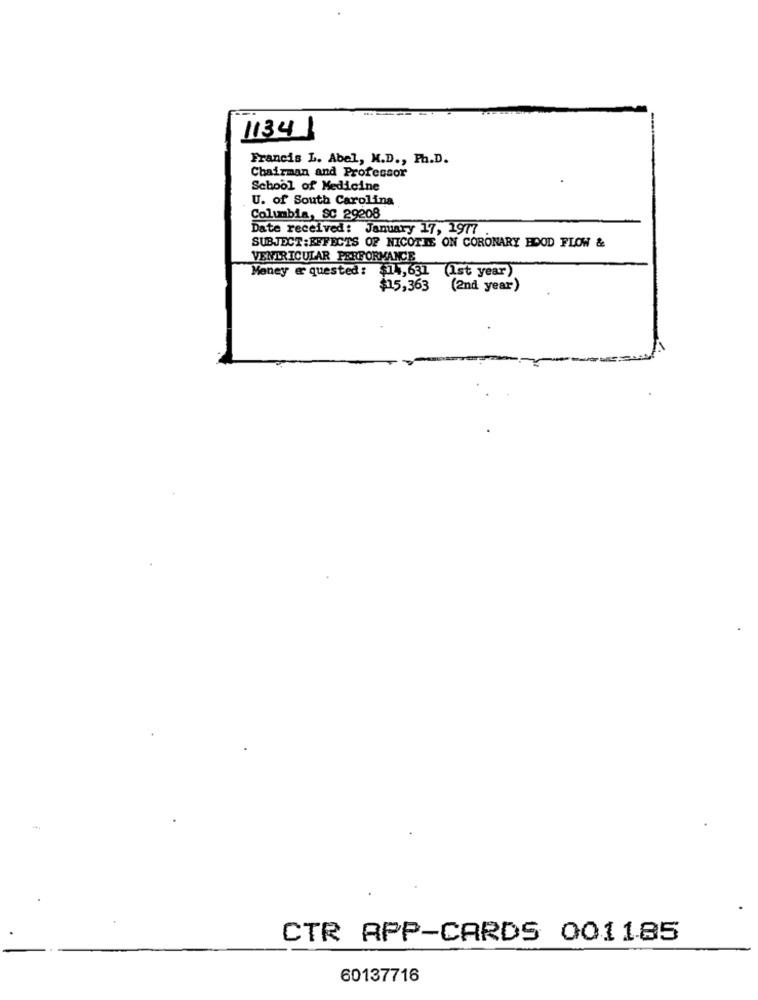
11341
Francis L. Abel, M.D ., Ph.D.
Chairman and Professor
School of Medicine
U. of South Carolina
Columbia, SC 29208
Date received: January 17, 1977
SUBJECT : EFFECTS OF NICOTIE ON CORONARY HOOD FLOW &
VENTRICULAR PERFORMANCE
Money @ quested: $14,631 (1st year)
$15,363 (2nd year)
CTR APP-CARDS 001185
60137716